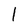
Character: l